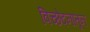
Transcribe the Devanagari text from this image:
विच्छेदनातून